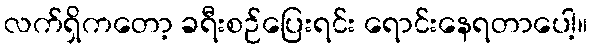
လက်ရှိကတော့ ခရီးစဉ်ပြေးရင်း ရောင်းနေရတာပေါ့။